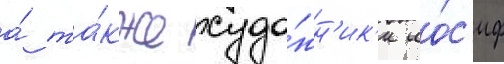
а́ та́кже худо́жн'ик'и ио́с'иф